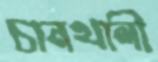
চানখালী